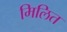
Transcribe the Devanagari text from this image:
मिलित